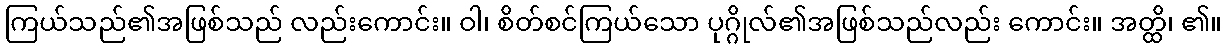
ကြယ်သည်၏အဖြစ်သည် လည်းကောင်း။ ဝါ၊ စိတ်စင်ကြယ်သော ပုဂ္ဂိုလ်၏အဖြစ်သည်လည်း ကောင်း။ အတ္ထိ၊ ၏။